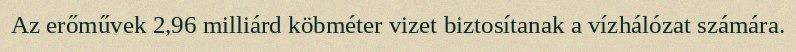
Az erőművek 2,96 milliárd köbméter vizet biztosítanak a vízhálózat számára.